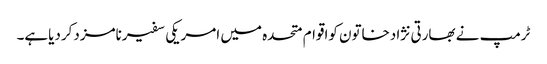
ٹرمپ نے بھارتی نژادخاتون کواقوام متحدہ میں امریکی سفیرنامزدکردیاہے۔